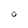
Character: O